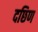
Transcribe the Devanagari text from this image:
दछिण